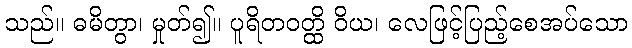
သည်။ ဓမိတွာ၊ မှုတ်၍။ ပူရိတဝတ္ထိ ဝိယ၊ လေဖြင့်ပြည့်စေအပ်သော